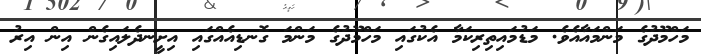
މަހްމޫދުގެ މަންމައާއެވެ. މަޑުމައިތިރިކަމާ އެކުގައި މަހްމޫދުގެ މަންމަ ގޮނޑިއެއްގައި އިށީނދެލައިގެން އިން އިރު